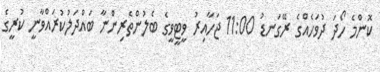
ކޮންމެ ހޯދަ ދުވަހެއްގެ ރޭގަނޑު 11:00 ޖަހާއިރު ވީޓީވީގެ ބެލުންތެެރިންނާ ބައްދަލުކުރައްވާނީ ކުރީގެ